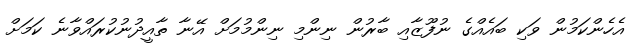
އެހެންކަމުން ވަކި ބައެއްގެ ނުފޫޒާއި ބާރުން ނިންމި ނިންމުމަށް އޭނާ ތާއީދުނުކުރައްވާނެ ކަމަށް